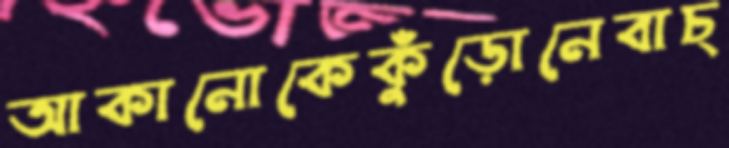
আকানোকেকুঁড়োনেবাচ্